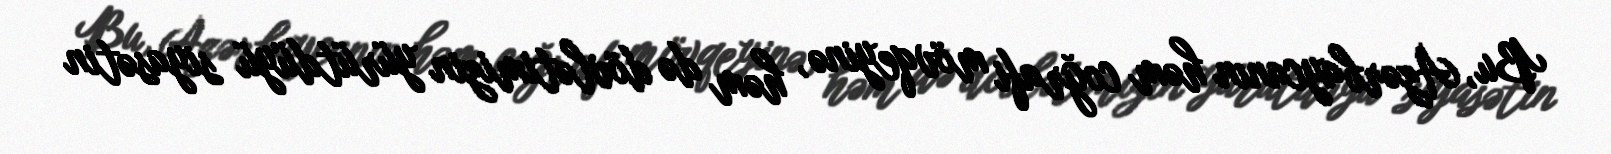
Bu, Azərbaycanın həm coğrafi mövqeyinə, həm də dövlətimizin yürütdüyü siyasətin